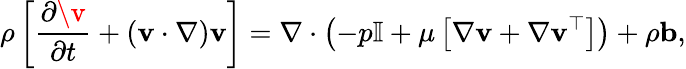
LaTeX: \rho\left[\frac{\partial\v}{\partial t}+(\mathbf{v}\cdot\nabla)\mathbf{v}\right]=\nabla\cdot\left(-p\mathbb{I}+\mu\left[\nabla\mathbf{v}+\nabla\mathbf{v}^{\top}\right]\right)+\rho\mathbf{b},